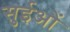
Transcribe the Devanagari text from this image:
सुईओं